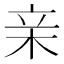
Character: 亲